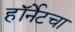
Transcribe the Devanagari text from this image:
हॉर्नेटचा